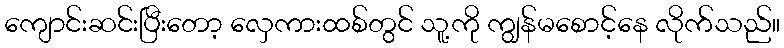
ကျောင်းဆင်းပြီးတော့ လှေကားထစ်တွင် သူ့ကို ကျွန်မစောင့်နေ လိုက်သည်။